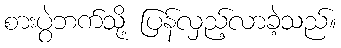
စားပွဲဘက်သို့ ပြန်လှည့်လာခဲ့သည်။